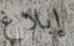
إبلاغ